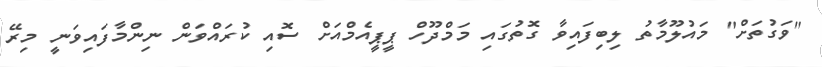
"ވަގުތަށް" މައުލޫމާތު ލިބިފައިވާ ގޮތުގައި މަމްދޫހް ޕީޕީއެމްއަށް ސޮއި ކުރައްވަން ނިންމާފައިވަނީ މިރޭ